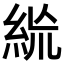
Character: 𥿪